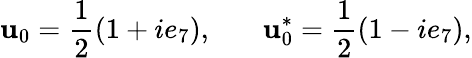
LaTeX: \mathbf{u}_{0}=\frac{{1}}{{2}}(1+ie_{7}),~~~~~~~\mathbf{u}_{0}^{*}=\frac{{1}}{{2}}(1-ie_{7}),